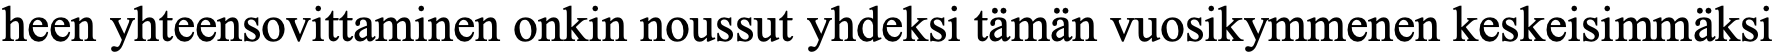
heen yhteensovittaminen onkin noussut yhdeksi tämän vuosikymmenen keskeisimmäksi